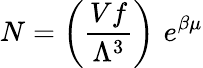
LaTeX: N=\left({\frac{Vf}{\Lambda^{3}}}\right)\, \, e^{\beta\mu}